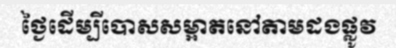
ថ្ងៃដើម្បីបោសសម្អាតនៅតាមដងផ្លូវ